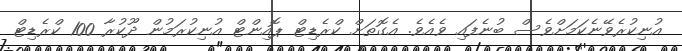
އުނިކުރެވޭނެކަމަށްވެސް ބުނެފައި ވެއެވެ. އެގޮތަށް ކްރެޑިޓް ޕޮއިންޓް އުނިކުރަމުން ދޫކުރާ 100 ކްރެޑިޓް